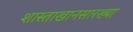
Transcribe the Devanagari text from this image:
शास्ताखानसारख्या